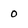
Character: 0